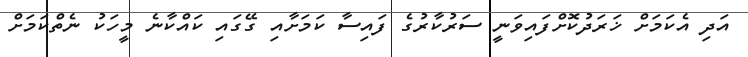
އަދި އެކަމަށް ޚަރަދުކޮށްފައިވަނީ ސަރުކާރުގެ ފައިސާ ކަމަށާއި ގޭގައި ކައްކާނެ މީހަކު ނެތްކަމަށް